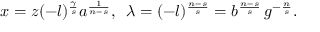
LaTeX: x = z ( - l ) ^ { \frac { \gamma } { s } } a ^ { \frac { 1 } { n - s } } , \, \, \, \lambda = ( - l ) ^ { \frac { n - s } { s } } = b ^ { \frac { n - s } { s } } \, g ^ { - \frac { n } { s } } .